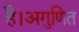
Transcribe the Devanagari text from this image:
है।अगुणित